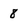
Character: 8